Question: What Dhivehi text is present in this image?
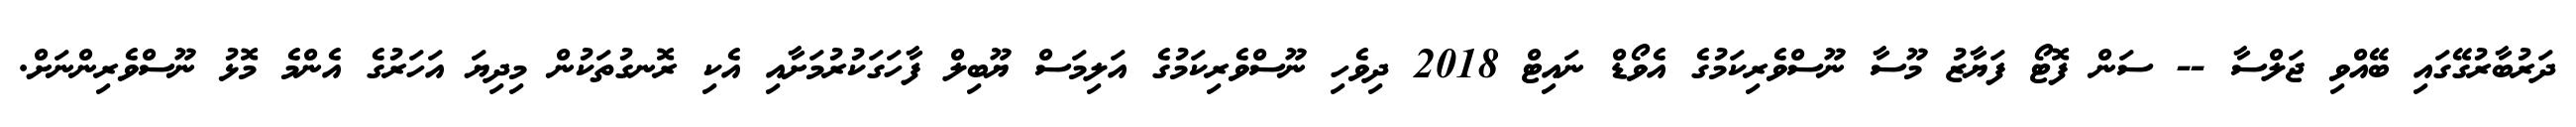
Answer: ދަރުބާރުގޭގައި ބޭއްވި ޖަލްސާ -- ސަން ފޮޓޯ ފަޔާޒު މޫސާ ނޫސްވެރިކަމުގެ އެވޯޑް ނައިޓް 2018 ދިވެހި ނޫސްވެރިކަމުގެ އަލިމަސް ޔޫބިލް ފާހަގަކުރުމަށާއި އެކި ރޮނގުތަކުން މިދިޔަ އަހަރުގެ އެންމެ މޮޅު ނޫސްވެރިންނަށް.